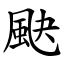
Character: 䫼